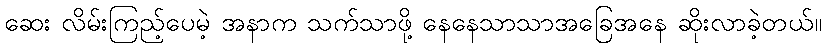
ဆေး လိမ်းကြည့်ပေမဲ့ အနာက သက်သာဖို့ နေနေသာသာအခြေအနေ ဆိုးလာခဲ့တယ်။